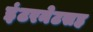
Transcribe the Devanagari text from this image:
इंटरनेटसह